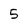
Character: 5